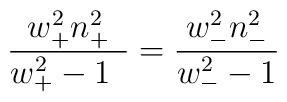
\frac{w_{+}^2n_{+}^2}{w_{+}^2-1\ \,}=\frac{w_{-}^2n_{-}^2}{w_{-}^2-1}